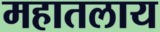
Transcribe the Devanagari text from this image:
महातलाय